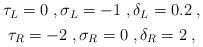
LaTeX: \begin{align*}\begin{gathered}\tau_L = 0 \;, \sigma_L = -1 \;, \delta_L = 0.2 \;, \\\tau_R = -2 \;, \sigma_R = 0 \;, \delta_R = 2 \;,\end{gathered}\end{align*}